Problem: 47 + 25 = ?
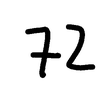
Handwritten answer: 72